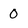
Character: 0